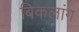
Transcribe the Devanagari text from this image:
बिकलांग